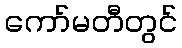
ကော်မတီတွင်